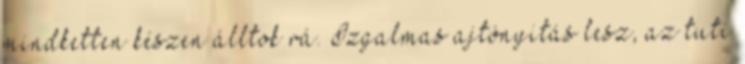
mindketten készen álltok rá. Izgalmas ajtónyitás lesz, az tuti